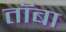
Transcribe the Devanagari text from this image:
तॉबा